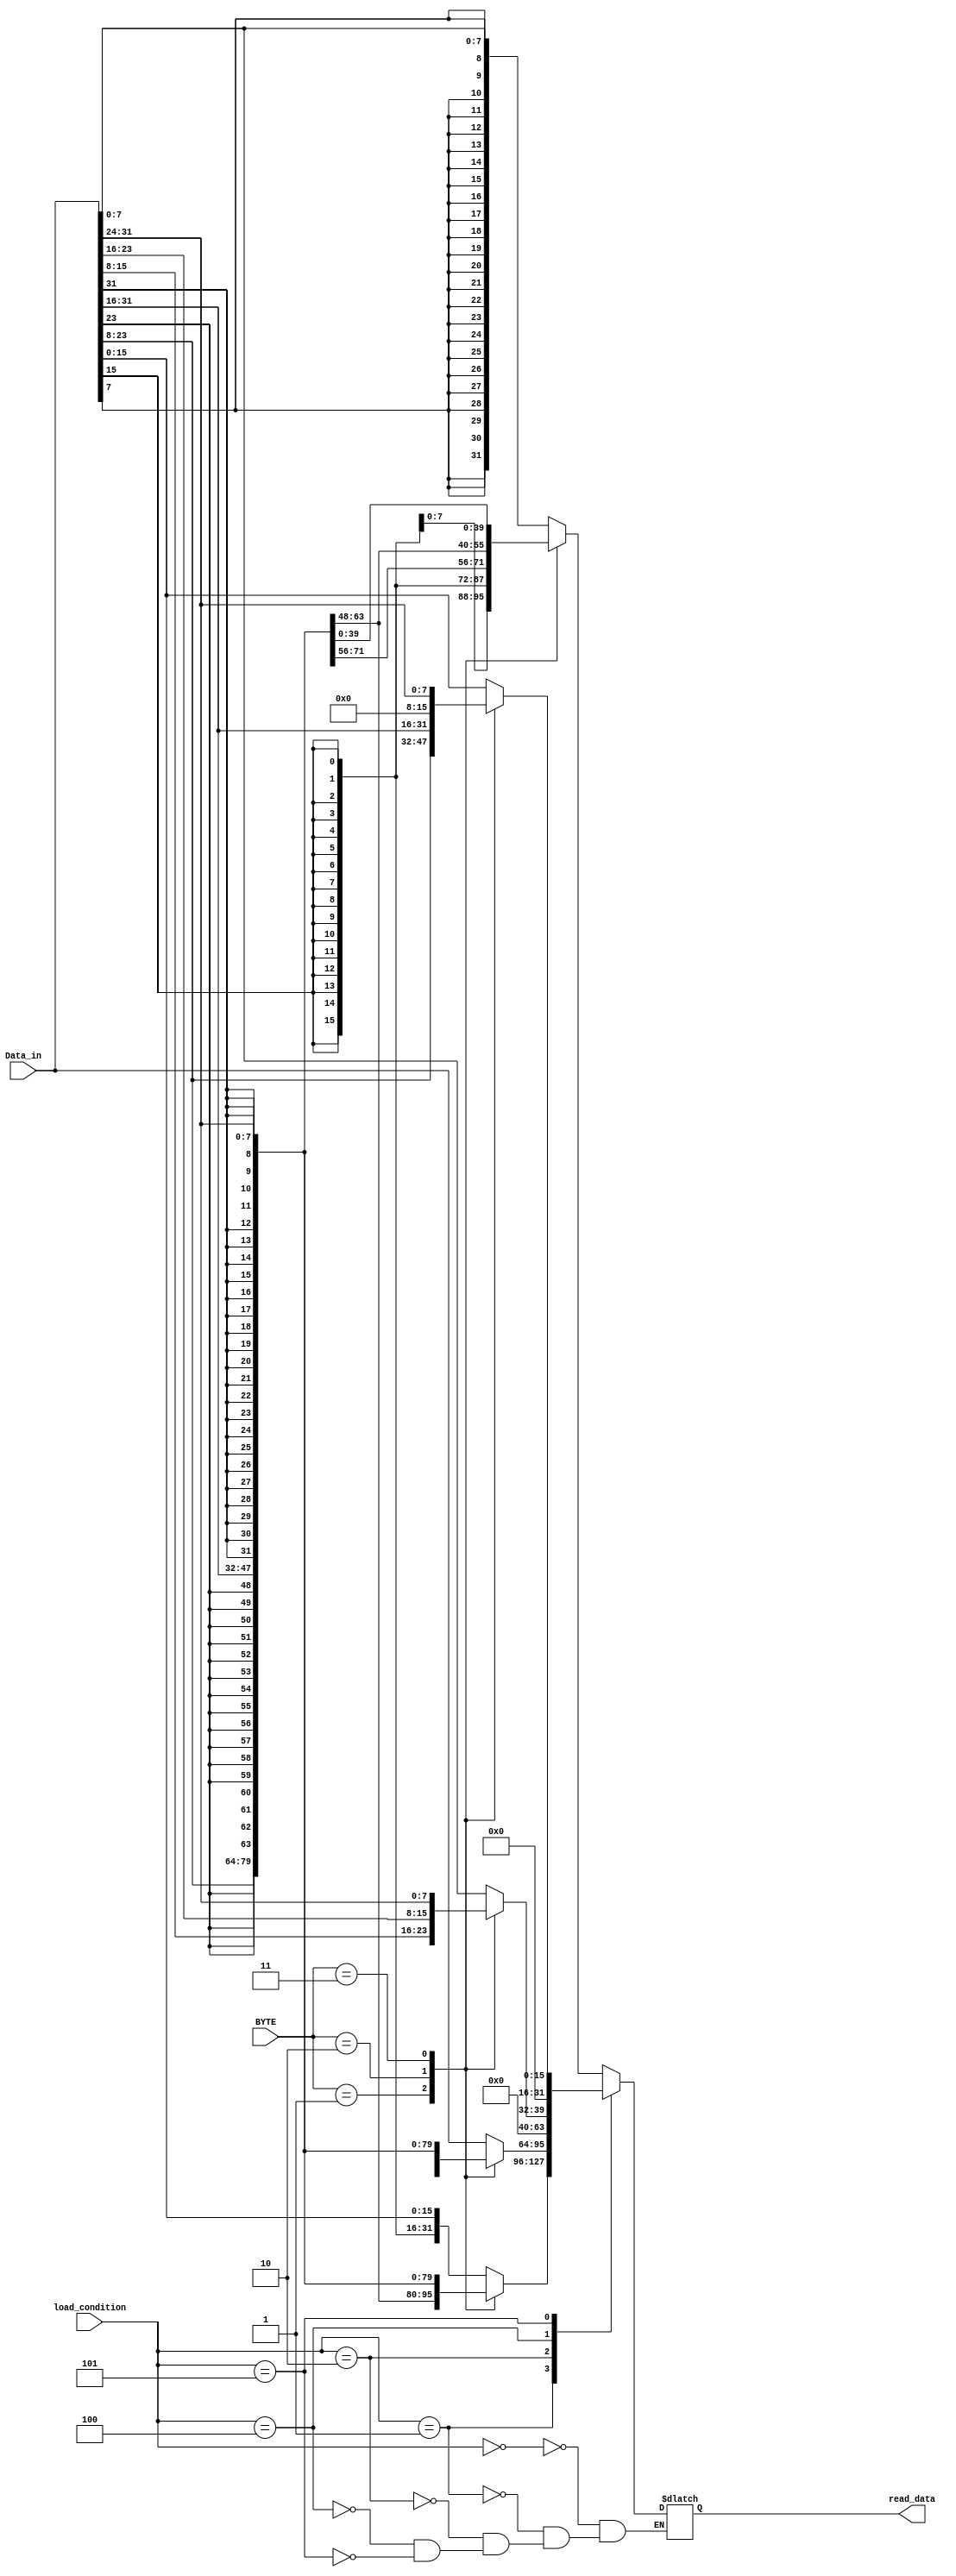
`timescale 1ns / 1ps
//////////////////////////////////////////////////////////////////////////////////
// Company: 
// Engineer: 
// 
// Design Name: 
// Module Name: READMUX
// Project Name: 
// Target Devices: 
// Tool Versions: 
// Description: 
// 
// Dependencies: 
// 
// Revision:
// Revision 0.01 - File Created
// Additional Comments:
// 
//////////////////////////////////////////////////////////////////////////////////


module READMUX(
    input [1:0]BYTE,
    input [2:0]load_condition,
    input [31:0]Data_in,
    output reg[31:0]read_data
);
    always @* begin
        case(load_condition)
            3'b000://lb
                case(BYTE)
                    2'b00: read_data = {{24{Data_in[7]}}, Data_in[7:0]};
                    2'b01: read_data = {{24{Data_in[15]}}, Data_in[15:8]};
                    2'b10: read_data = {{24{Data_in[23]}}, Data_in[23:16]};
                    2'b11: read_data = {{24{Data_in[31]}}, Data_in[31:24]};
                endcase    
            3'b001://lh
                case(BYTE)
                    2'b00: read_data = {{16{Data_in[15]}}, Data_in[15:0]};
                    2'b01: read_data = {{16{Data_in[23]}}, Data_in[23:8]};
                    2'b10: read_data = {{16{Data_in[23]}}, Data_in[31:16]};
                    2'b11: read_data = {{24{Data_in[31]}}, Data_in[31:24]};//***
                endcase 
            3'b010://lw
                case(BYTE)
                    2'b00: read_data = Data_in;
                    2'b01: read_data = {{8{Data_in[23]}}, Data_in[31:8]};//***
                    2'b10: read_data = {{16{Data_in[23]}}, Data_in[31:16]};//***
                    2'b11: read_data = {{24{Data_in[31]}}, Data_in[31:24]};//***
                endcase 
            3'b100://lbu
                case(BYTE)
                    2'b00: read_data = {24'b0, Data_in[7:0]};
                    2'b01: read_data = {24'b0, Data_in[15:8]};
                    2'b10: read_data = {24'b0, Data_in[23:16]};
                    2'b11: read_data = {24'b0, Data_in[31:24]};
                endcase 
            3'b101://lhu
                case(BYTE)
                    2'b00: read_data = {16'b0, Data_in[15:0]};
                    2'b01: read_data = {16'b0, Data_in[23:8]};
                    2'b10: read_data = {16'b0, Data_in[31:16]};
                    2'b11: read_data = {24'b0, Data_in[31:24]};//***
                endcase 
        endcase
    end

endmodule